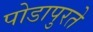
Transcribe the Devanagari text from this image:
पोडापुरते